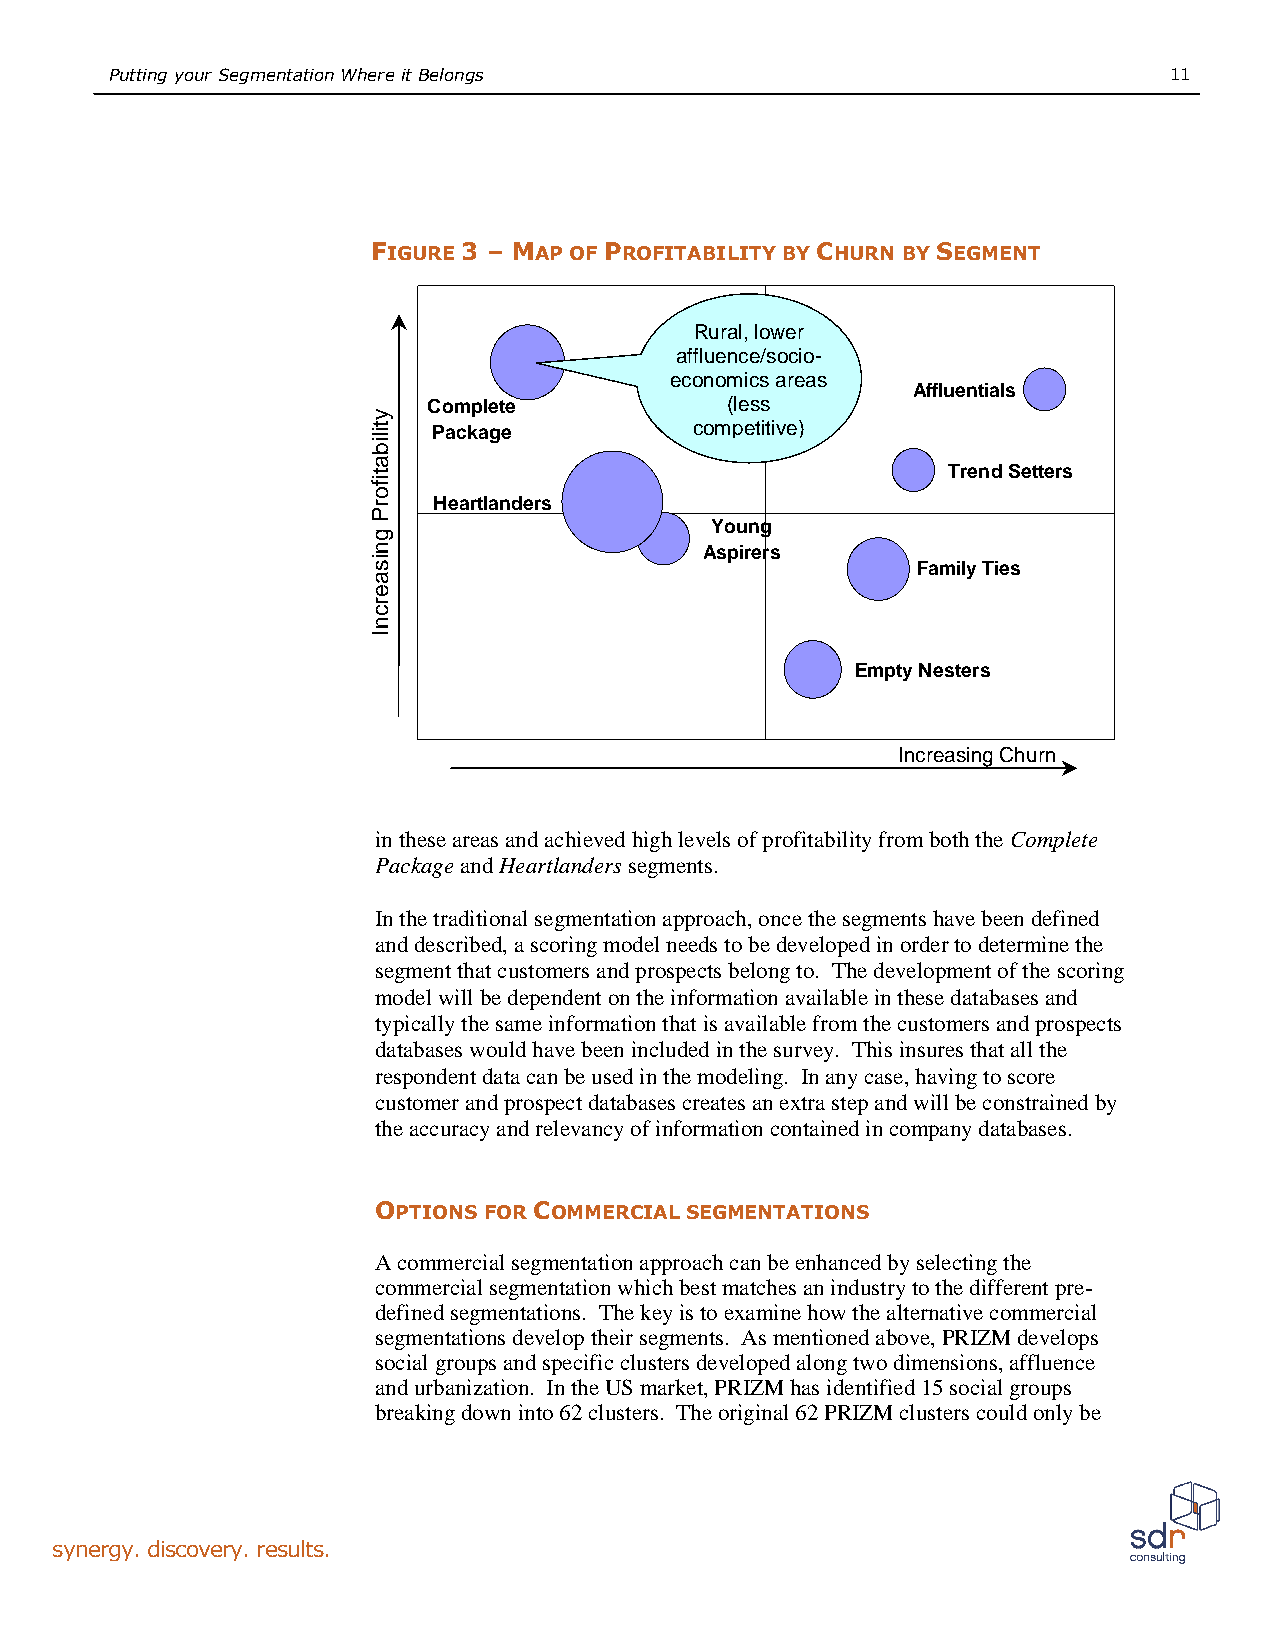
PuttingyourSegmentationWhereitBelongs                                 11
 FIGURE 3 –MAP OF PROFITABILITY BY CHURN BY SEGMENT
 Rural,lower
 affluence/socio-
 economicsareas
 Affluentials
 Complete            (less
 Package          competitive)
 TrendSetters
 Heartlanders
 Young
 Aspirers
 FamilyTies
 EmptyNesters
 IncreasingChurn
 intheseareasandachievedhighlevelsofprofitabilityfromboththe Complete
 PackageandHeartlanderssegments.
 Inthetraditionalsegmentationapproach,oncethesegmentshavebeendefined
 anddescribed,ascoringmodelneedstobedevelopedinordertodeterminethe
 segmentthatcustomersandprospectsbelongto. Thedevelopmentofthe scoring
 modelwillbedependentontheinformationavailableinthesedatabasesand
 typicallythesameinformationthatisavailablefromthecustomersandprospects
 databaseswouldhavebeenincludedinthesurvey. Thisinsuresthatallthe
 respondentdatacanbeusedinthemodeling. Inanycase,havingtoscore
 customerandprospectdatabasescreatesanextrastepandwillbeconstrainedby
 theaccuracyandrelevancyofinformationcontainedincompanydatabases.
 OPTIONS FOR COMMERCIAL SEGMENTATIONS
 Acommercialsegmentationapproachcanbeenhancedbyselectingthe
 commercialsegmentationwhichbestmatchesanindustrytothedifferentpre-
 definedsegmentations. Thekeyistoexaminehowthealternativecommercial
 segmentationsdeveloptheirsegments. Asmentionedabove,PRIZMdevelops
 socialgroupsandspecificclustersdevelopedalongtwodimensions,affluence
 andurbanization. IntheUSmarket,PRIZMhasidentified15socialgroups
 breakingdowninto62clusters. Theoriginal62PRIZMclusterscouldonlybe
 synergy.discovery.results.
 ytilibatiforP
 gnisaercnI